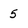
Character: 5